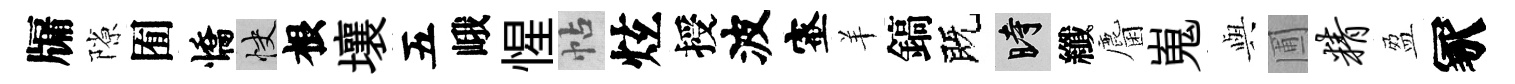
牖隙囿憍快根壤五峨惺帖炫授波蜜羊鎬既时纖麕嵬𫤰圃精盈冢